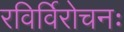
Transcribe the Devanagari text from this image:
रविर्विरोचनः